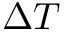
\Delta T